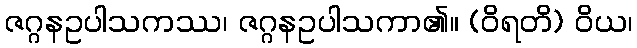
ဇဂ္ဂနဥပါသကဿ၊ ဇဂ္ဂနဥပါသကာ၏။ (ဝိရတိ) ဝိယ၊